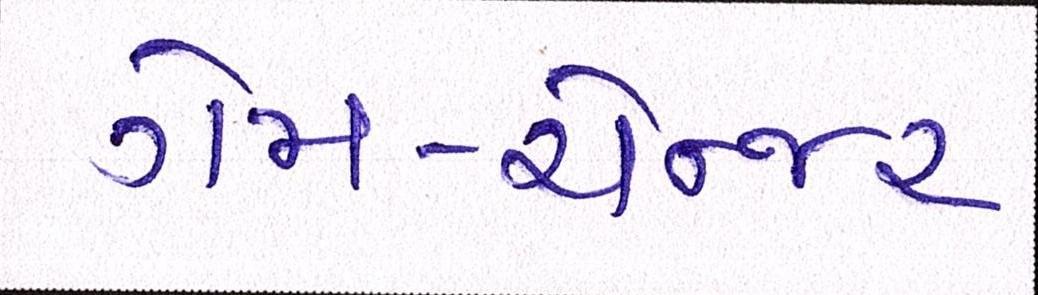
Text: ગેમ-ચેન્જર